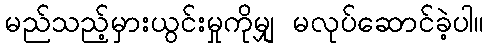
မည်သည့်မှားယွင်းမှုကိုမျှ မလုပ်ဆောင်ခဲ့ပါ။